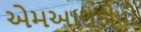
એમઆઇડીપી